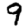
Digit: 9